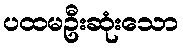
ပထမဦးဆုံးသော